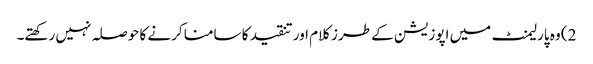
2) وہ پارلیمنٹ میں اپوزیشن کے طرز کلام اور تنقید کا سامنا کرنے کا حوصلہ نہیں رکھتے۔